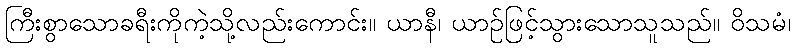
ကြီးစွာသောခရီးကိုကဲ့သို့လည်းကောင်း။ ယာနီ၊ ယာဉ်ဖြင့်သွားသောသူသည်။ ဝိသမံ၊